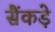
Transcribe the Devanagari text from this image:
सैंकड़े